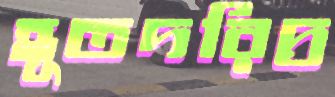
হূতদরিদ্র